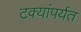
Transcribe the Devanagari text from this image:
टक्यांपर्यत